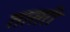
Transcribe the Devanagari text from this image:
तासरी